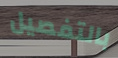
بالتفصيل